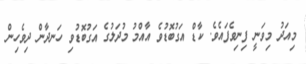
މިއަދު މިވަނީ ފިނިވެފައެވެ. ކާޑް އަގުބޮޑުވެ އާއްމު މުދަލުގެ އަގުބޮޑުވި ހަނދާން ދިވެހިން